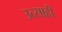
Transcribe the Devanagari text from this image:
उत्‍साही